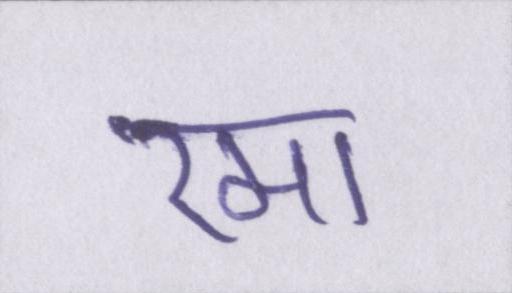
रमा